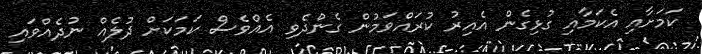
ކަމަށާއި އެކަމާއި ގުޅިގެން އެއިރު ކުރައްވަމުން ގެންދެވި އެއްވެސް ކަމަކަށް ދުލެއް ނުދެއްވައި